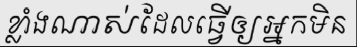
ខ្លាំងណាស់ដែលធ្វើឲ្យអ្នកមិន